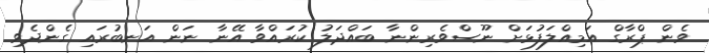
ވެން ޕްރާގް އަމިއްލަފުޅަށް ނޫސްވެރިންނާ ބައްދަލު ކުރައްވާ އޭނާ ނަން އަނބުރައި ގެންދެވި